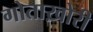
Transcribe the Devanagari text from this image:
गोताख़ोरी